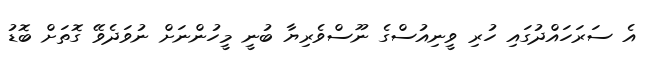
އެ ސަރަހައްދުގައި ހުރި ވީނިއުސްގެ ނޫސްވެރިޔާ ބުނީ މީހުންނަށް ނުވަދެވޭ ގޮތަށް ބޮޑު